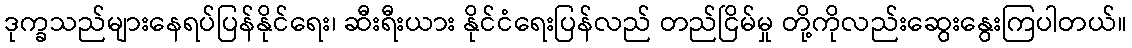
ဒုက္ခသည်များနေရပ်ပြန်နိုင်ရေး၊ ဆီးရီးယား နိုင်ငံရေးပြန်လည် တည်ငြိမ်မှု တို့ကိုလည်းဆွေးနွေးကြပါတယ်။